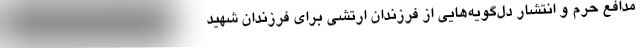
مدافع حرم و انتشار دل‌گویه‌هایی از فرزندان ارتشی برای فرزندان شهید